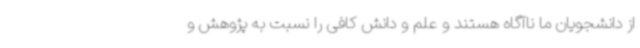
از دانشجویان ما ناآگاه هستند و علم و دانش کافی را نسبت به پژوهش و